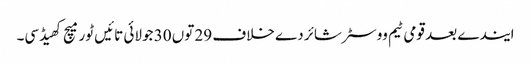
ایندے بعد قومی ٹیم ووسٹر شائر دے خلاف 29 توں 30 جولائی تائیں ٹور میچ کھیڈسی۔